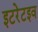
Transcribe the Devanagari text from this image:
इटरेटइव